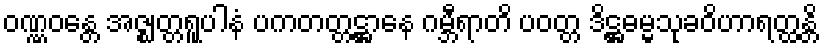
ဝဏ္ဏဝန္တေ အဇ္ဈတ္တရူပါနံ ပကတတ္တဋ္ဌာနေ ဂမ္ဘီရာတိ ပဝတ္တ ဒိဋ္ဌဓမ္မသုခဝိဟာရတ္ထန္တိ